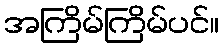
အကြိမ်ကြိမ်ပင်။